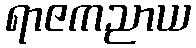
ရာဇကညာယ